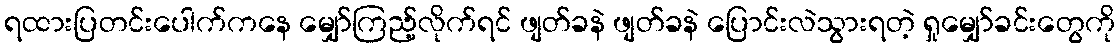
ရထားပြတင်းပေါက်ကနေ မျှော်ကြည့်လိုက်ရင် ဖျတ်ခနဲ ဖျတ်ခနဲ ပြောင်းလဲသွားရတဲ့ ရှုမျှော်ခင်းတွေကို